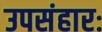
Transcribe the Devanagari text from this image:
उपसंहारः